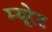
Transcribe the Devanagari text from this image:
म्यूरेट